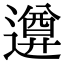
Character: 𨗕